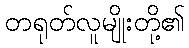
တရုတ်လူမျိုးတို့၏